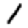
Digit: 1